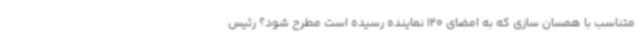
متناسب با همسان سازی که به امضای 120 نماینده رسیده است مطرح شود؟ رئیس